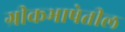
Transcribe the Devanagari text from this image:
ग्रीकभाषेतील